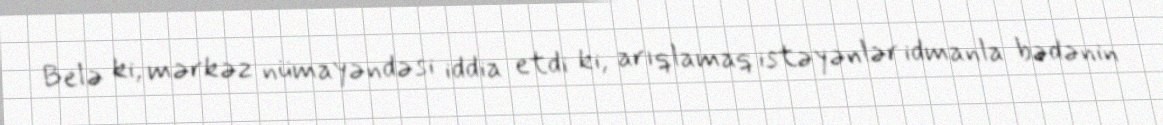
Belə ki, mərkəz nümayəndəsi iddia etdi ki, arıqlamaq istəyənlər idmanla bədənin